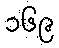
၁၆၉